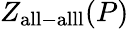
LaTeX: Z_{\mathrm{all-alll}}(P)